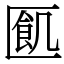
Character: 㔳